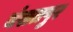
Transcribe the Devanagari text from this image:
बंसतपुर